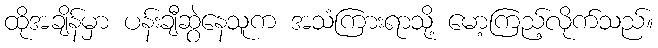
ထိုအချိန်မှာ ပန်းချီဆွဲနေသူက အသံကြားရာသို့ မော့ကြည့်လိုက်သည်။